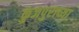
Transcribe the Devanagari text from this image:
कुंजपुराच्या